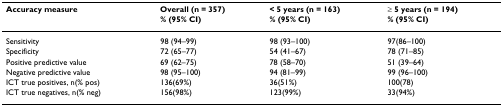
<table><thead><tr><td><b>Accuracy measure</b></td><td><b>Overall (n = 357)</b></td><td><b>&lt; 5 years (n = 163)</b></td><td><b>≥ 5 years (n = 194)</b></td></tr><tr><td></td><td><b>% (95% CI)</b></td><td><b>% (95% CI)</b></td><td><b>% (95% CI)</b></td></tr></thead><tbody><tr><td>Sensitivity</td><td>98 (94–99)</td><td>98 (93–100)</td><td>97(86–100)</td></tr><tr><td>Specificity</td><td>72 (65–77)</td><td>54 (41–67)</td><td>78 (71–85)</td></tr><tr><td>Positive predictive value</td><td>69 (62–75)</td><td>78 (58–70)</td><td>51 (39–64)</td></tr><tr><td>Negative predictive value</td><td>98 (95–100)</td><td>94 (81–99)</td><td>99 (96–100)</td></tr><tr><td>ICT true positives, n(% pos)</td><td>136(69%)</td><td>36(51%)</td><td>100(78)</td></tr><tr><td>ICT true negatives, n(% neg)</td><td>156(98%)</td><td>123(99%)</td><td>33(94%)</td></tr></tbody></table>